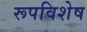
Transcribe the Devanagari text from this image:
रूपविशेष